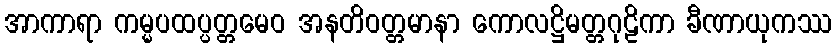
အာကာရာ ကမ္မပထပ္ပတ္တမေဝ အနတိဝတ္တမာနာ ကောလဋ္ဌိမတ္တဂုဠိကာ ခီဏာယုကဿ